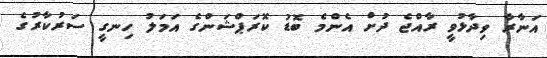
އަނާރާ ވިދާޅުވީ ރާއްޖެ ދުށް އެންމެ ބޮޑު ކޮރަޕްޝަންގެ އަމަލު ހިނގީ ސަރުކާރުގެ